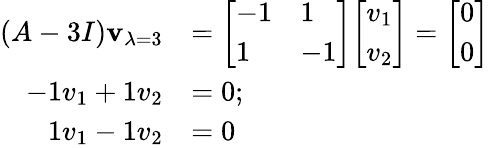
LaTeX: {\begin{array}{rl}{(A-3I)\mathbf{v}_{\lambda=3}}&{={\left[\begin{array}{ll}{-1}&{1}\\ {1}&{-1}\end{array}\right]}{\left[\begin{array}{l}{v_{1}}\\ {v_{2}}\end{array}\right]}={\left[\begin{array}{l}{0}\\ {0}\end{array}\right]}}\\ {-1v_{1}+1v_{2}}&{=0;}\\ {1v_{1}-1v_{2}}&{=0}\end{array}}